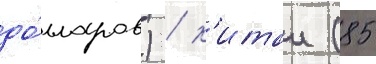
до́лларов) / к'итаи (85